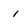
Character: i